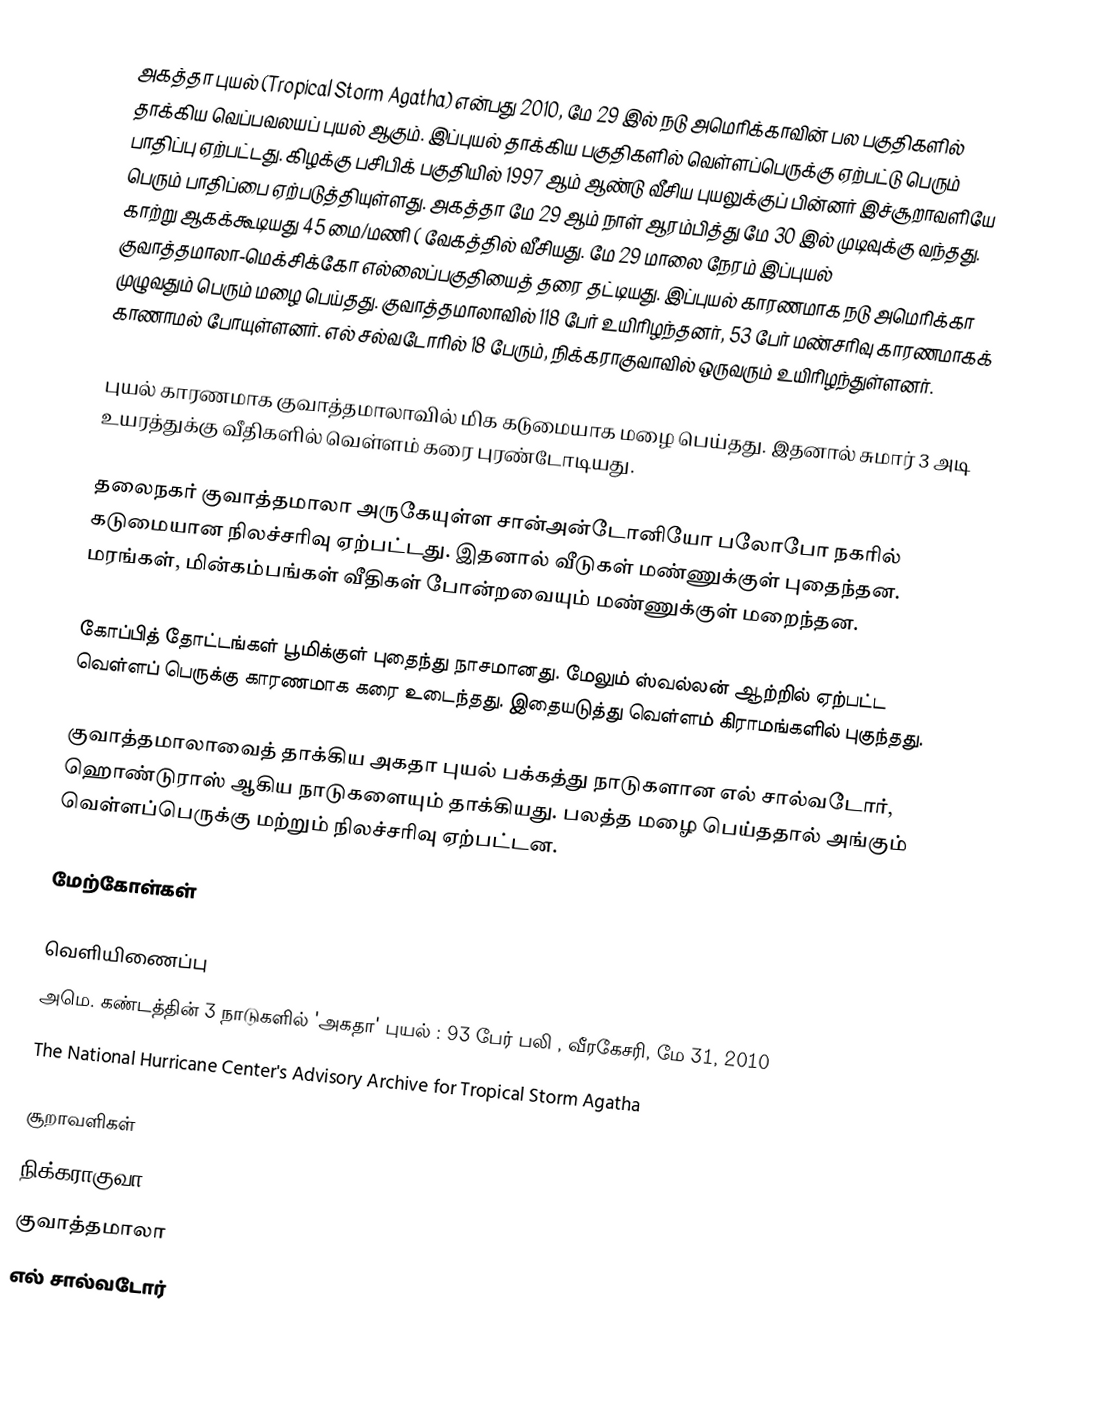
அகத்தா புயல் (Tropical Storm Agatha) என்பது 2010, மே 29 இல் நடு அமெரிக்காவின் பல பகுதிகளில் தாக்கிய வெப்பவலயப் புயல் ஆகும். இப்புயல் தாக்கிய பகுதிகளில் வெள்ளப்பெருக்கு ஏற்பட்டு பெரும் பாதிப்பு ஏற்பட்டது. கிழக்கு பசிபிக் பகுதியில் 1997 ஆம் ஆண்டு வீசிய புயலுக்குப் பின்னர் இச்சூறாவளியே பெரும் பாதிப்பை ஏற்படுத்தியுள்ளது. அகத்தா மே 29 ஆம் நாள் ஆரம்பித்து மே 30 இல் முடிவுக்கு வந்தது. காற்று ஆகக்கூடியது 45 மை/மணி ( வேகத்தில் வீசியது. மே 29 மாலை நேரம் இப்புயல் குவாத்தமாலா-மெக்சிக்கோ எல்லைப்பகுதியைத் தரை தட்டியது. இப்புயல் காரணமாக நடு அமெரிக்கா முழுவதும் பெரும் மழை பெய்தது. குவாத்தமாலாவில் 118 பேர் உயிரிழந்தனர், 53 பேர் மண்சரிவு காரணமாகக் காணாமல் போயுள்ளனர். எல் சல்வடோரில் 18 பேரும், நிக்கராகுவாவில் ஒருவரும் உயிரிழந்துள்ளனர்.

புயல் காரணமாக குவாத்தமாலாவில் மிக கடுமையாக மழை பெய்தது. இதனால் சுமார் 3 அடி உயரத்துக்கு வீதிகளில் வெள்ளம் கரை புரண்டோடியது.

தலைநகர் குவாத்தமாலா அருகேயுள்ள சான்அன்டோனியோ பலோபோ நகரில் கடுமையான நிலச்சரிவு ஏற்பட்டது. இதனால் வீடுகள் மண்ணுக்குள் புதைந்தன. மரங்கள், மின்கம்பங்கள் வீதிகள் போன்றவையும் மண்ணுக்குள் மறைந்தன.

கோப்பித் தோட்டங்கள் பூமிக்குள் புதைந்து நாசமானது. மேலும் ஸ்வல்லன் ஆற்றில் ஏற்பட்ட வெள்ளப் பெருக்கு காரணமாக கரை உடைந்தது. இதையடுத்து வெள்ளம் கிராமங்களில் புகுந்தது.

குவாத்தமாலாவைத் தாக்கிய அகதா புயல் பக்கத்து நாடுகளான எல் சால்வடோர், ஹொண்டுராஸ் ஆகிய நாடுகளையும் தாக்கியது. பலத்த மழை பெய்ததால் அங்கும் வெள்ளப்பெருக்கு மற்றும் நிலச்சரிவு ஏற்பட்டன.

மேற்கோள்கள்

வெளியிணைப்பு
அமெ. கண்டத்தின் 3 நாடுகளில் 'அகதா' புயல் : 93 பேர் பலி , வீரகேசரி, மே 31, 2010
The National Hurricane Center's Advisory Archive for Tropical Storm Agatha

சூறாவளிகள்
நிக்கராகுவா
குவாத்தமாலா
எல் சால்வடோர்